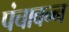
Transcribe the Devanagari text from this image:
पंचावन्न